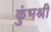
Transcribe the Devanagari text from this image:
कुंभश्री